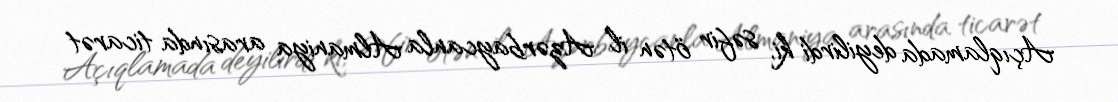
Açıqlamada deyilirdi ki, səfir ötən il Azərbaycanla Almaniya arasında ticarət